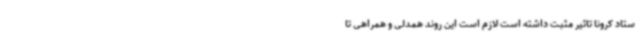
ستاد کرونا تاثیر مثبت داشته است لازم است این روند همدلی و همراهی تا